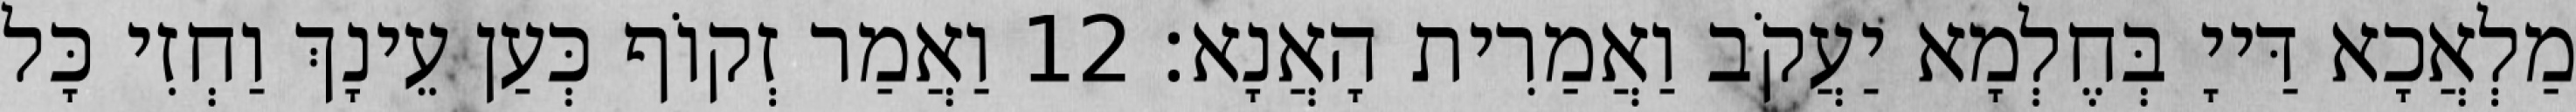
מַלְאֲכָא דַּייָ בְּחֶלְמָא יַעֲקֹב וַאֲמַרִית הָאֲנָא׃ 12 וַאֲמַר זְקוֹף כְּעַן עֵינָךְ וַחְזִי כָּל